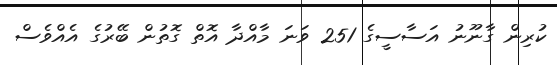
ކުރިން ގާނޫނު އަސާސީގެ 251 ވަނަ މާއްދާ އޮތް ގޮތުން ބޭރުގެ އެއްވެސް